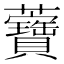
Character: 𧅤